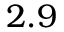
2 . 9